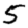
Digit: 5